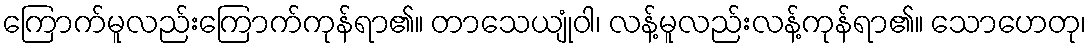
ကြောက်မူလည်းကြောက်ကုန်ရာ၏။ တာသေယျုံဝါ၊ လန့်မူလည်းလန့်ကုန်ရာ၏။ သောဟေတု၊